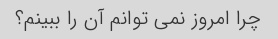
چرا امروز نمی توانم آن را ببینم؟